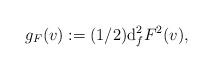
LaTeX: \begin{align*}g_F(v) := (1/2){\rm d}^2_fF^2(v),\end{align*}